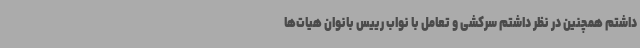
داشتم همچنین در نظر داشتم سرکشی و تعامل با نواب رییس بانوان هیات‌ها